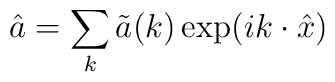
\hat{a} = \sum_k  \tilde{a}(k) \exp( i k \cdot \hat{x})